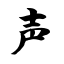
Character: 声